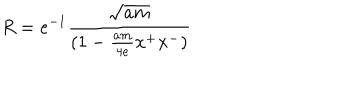
R = e ^ { - 1 } { \frac { \sqrt { a m } } { ( 1 - { \frac { a m } { 4 e } } x ^ { + } x ^ { - } ) } }